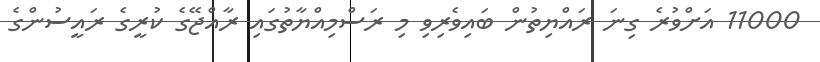
11000 އަށްވުރެ ގިނަ ރައްޔިތުން ބައިވެރިވި މި ރަސްމިއްޔާތުގައި ރާއްޖޭގެ ކުރީގެ ރައީސުންގެ